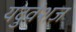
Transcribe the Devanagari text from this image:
यदुवंशज